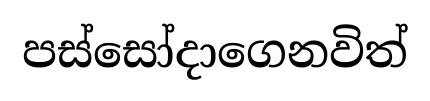
පස්සෝදාගෙනවිත්